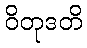
ဝိတုဒတိ